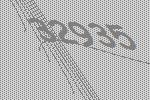
32935